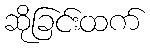
ဆိုခြင်းထက်